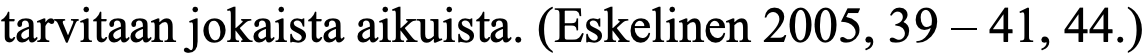
tarvitaan jokaista aikuista. (Eskelinen 2005, 39 – 41, 44.)